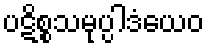
ပဋိစ္စသမုပ္ပါဒံယေဝ